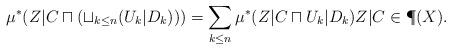
LaTeX: \begin{align*} \mu^\ast(Z|C\sqcap (\sqcup_{k\leq n}(U_k|D_k)))=\sum_{k\leq n}\mu^\ast(Z|C\sqcap U_k|D_k) Z|C\in \P(X). \end{align*}